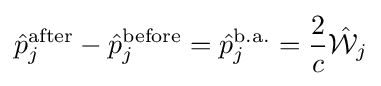
{\hat {p}}_{j}^{\mathrm {after} }-{\hat {p}}_{j}^{\mathrm {before} }={\hat {p}}_{j}^{\mathrm {b.a.} }={\frac {2}{c}}{\hat {\mathcal {W}}}_{j}